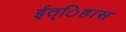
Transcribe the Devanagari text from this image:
ईत्िहास